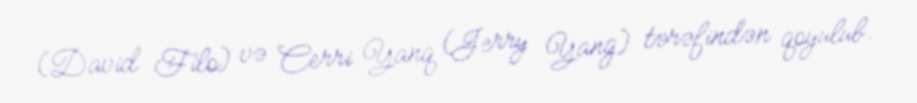
(David Filo) və Cerri Yanq (Jerry Yang) tərəfindən qoyulub.